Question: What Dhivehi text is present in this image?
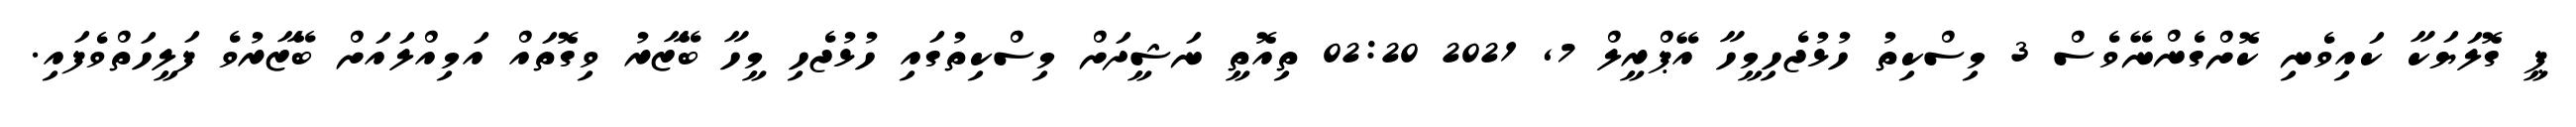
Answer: ޕީ ގޮލަޔަކާ ކައިވެނި ކޮށްގެންނޭވެސް 3 މިސްކިތު ހުޅުޖެހިމީހާ އޭޕްރީލް 7, 2021 02:20 ތިއޮތީ ނަޝީދަށް މިސްކިތުގައި ހުޅުޖެހި މީހާ ބޭޒާރު ވިގޮތައް އަމިއްލައަށް ބޭޒާރުވެ ފަލީހަތްވެފައި.